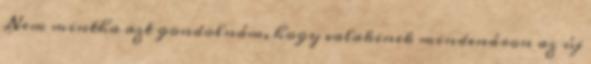
Nem mintha azt gondolnám, hogy valakinek mindenáron az új